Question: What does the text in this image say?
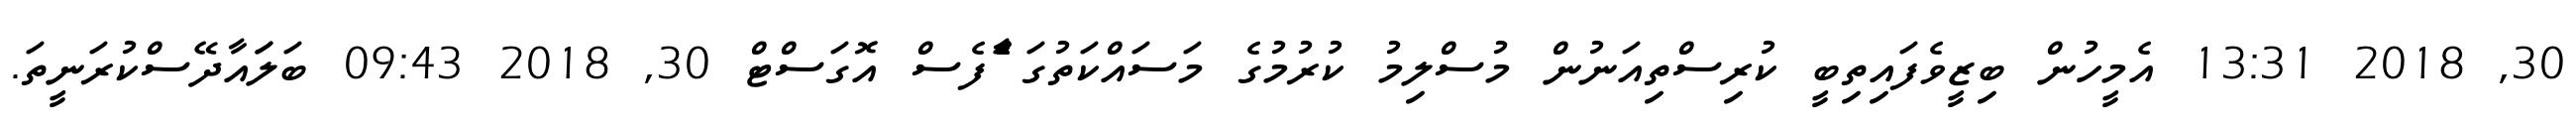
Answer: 30, 2018 13:31 އެމީހުން ބިޒީވެފައިތިބީ ކުރިސްތިއަނުން މުސްލިމު ކުރުމުގެ މަސައްކަތުގަ ާެެެްަފެސް އޮގަސްޓް 30, 2018 09:43 ބަލަައާދޭސްކުރަނީތަ.